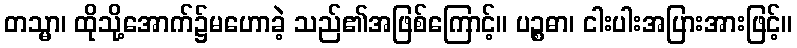
တသ္မာ၊ ထိုသို့အောက်၌မဟောခဲ့ သည်၏အဖြစ်ကြောင့်။ ပဉ္စဓာ၊ ငါးပါးအပြားအားဖြင့်။